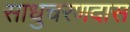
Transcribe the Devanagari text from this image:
साधुचरणदास